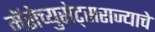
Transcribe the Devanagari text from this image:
मॅसेच्युसेट्सराज्याचे